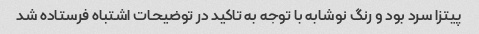
پیتزا سرد بود و رنگ نوشابه با توجه به تاکید در توضیحات اشتباه فرستاده شد